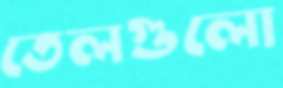
তেলগুলো